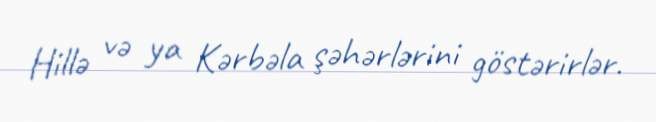
Hillə və ya Kərbəla şəhərlərini göstərirlər.